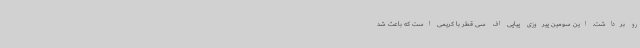
رو برداشت. این سومین پیروزی پیاپی اف سی قطر با کریمی است که باعث شد